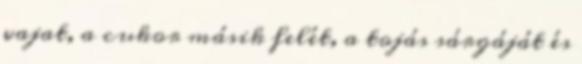
vajat, a cukor másik felét, a tojás sárgáját és